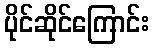
ပိုင်ဆိုင်ကြောင်း